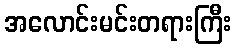
အလောင်းမင်းတရားကြီး